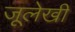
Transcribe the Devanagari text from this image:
जूलेखी